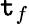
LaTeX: \mathtt{t}_{f}